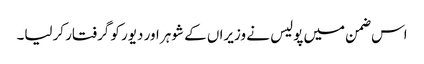
اس ضمن میں پولیس نے وزیراں کے شوہر اور دیور کو گرفتار کرلیا۔